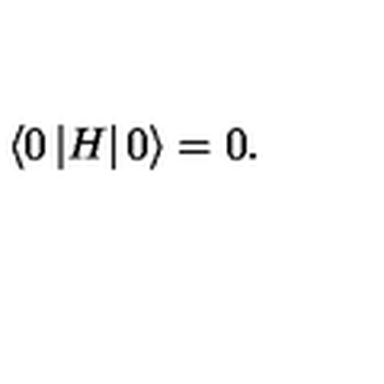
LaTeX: \left\langle 0 \left| H \right| 0 \right\rangle = 0 .